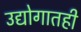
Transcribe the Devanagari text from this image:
उद्योगातही